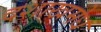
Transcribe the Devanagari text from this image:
दशाखमेध